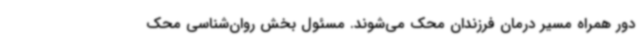
دور همراه مسیر درمان فرزندان محک می‌شوند. مسئول بخش روان‌شناسی محک